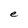
Character: e